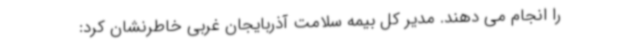
را انجام می دهند. مدیر کل بیمه سلامت آذربایجان غربی خاطرنشان کرد: